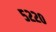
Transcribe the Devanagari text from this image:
५२२०